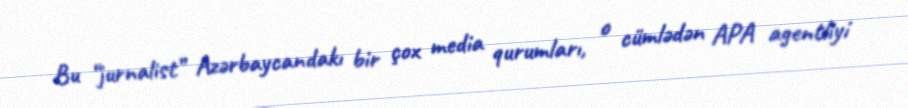
Bu “jurnalist” Azərbaycandakı bir çox media qurumları, o cümlədən APA agentliyi